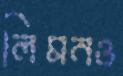
লিমনও